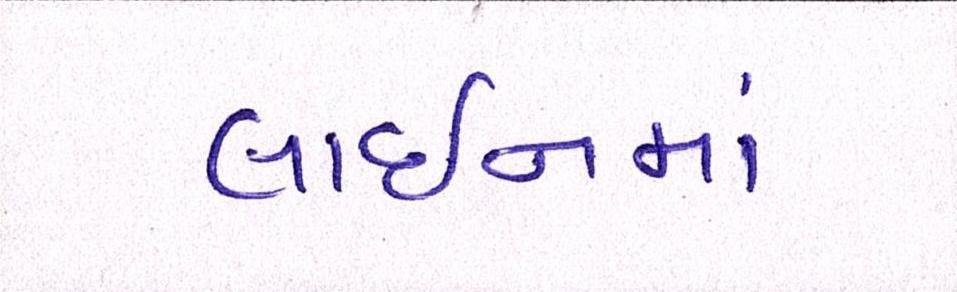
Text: લાઈનમાં